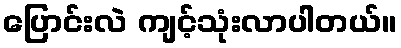
ပြောင်းလဲ ကျင့်သုံးလာပါတယ်။